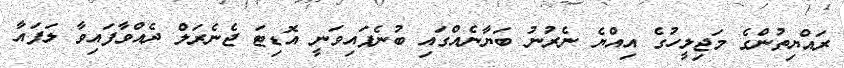
ރައްޔިތުންގެ މަޖިލީހުގެ އިއްޔެ ނެރުނު ބަޔާނެއްގައި ބުނެފައިވަނީ އޮޑިޓަ ޖެނެރަލް ދެއްވާފައިވާ ލަފައާ